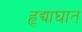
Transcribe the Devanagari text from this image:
हृद्याघात